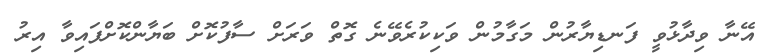
އޭނާ ވިދާޅުވީ ފަނޑިޔާރުން މަގާމުން ވަކިކުރެވޭނެ ގޮތް ވަރަށް ސާފުކޮށް ބަޔާންކޮށްފައިވާ އިރު